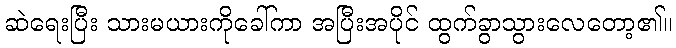
ဆဲရေးပြီး သားမယားကိုခေါ်ကာ အပြီးအပိုင် ထွက်ခွာသွားလေတော့၏။